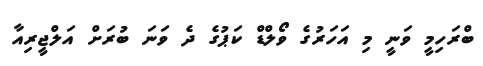
ބްރަހިމީ ވަނީ މި އަހަރުގެ ވޯލްޑް ކަޕުގެ ދެ ވަނަ ބުރަށް އަލްޖީރިއާ